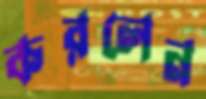
করলেন